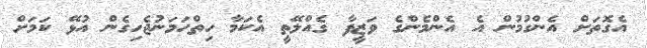
އެގޮތަށް އެންގުމުން އެ އެންމެންގެ ވަޒީފާ ގެއްލޭތީ އެކަމާ ހިތްހަމަނުޖެހިގެން އުޅޭ ކަމަށް